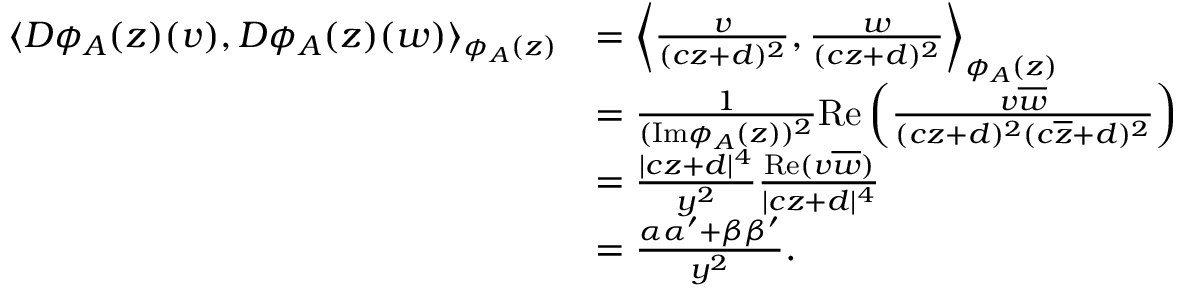
\begin{array} { r l } { \langle D \phi _ { A } ( z ) ( v ) , D \phi _ { A } ( z ) ( w ) \rangle _ { \phi _ { A } ( z ) } } & { = \left\langle \frac { v } { ( c z + d ) ^ { 2 } } , \frac { w } { ( c z + d ) ^ { 2 } } \right\rangle _ { \phi _ { A } ( z ) } } \\ & { = \frac { 1 } { ( \mathrm { I m } \phi _ { A } ( z ) ) ^ { 2 } } \mathrm { R e } \left( \frac { v \overline { { w } } } { ( c z + d ) ^ { 2 } ( c \overline { { z } } + d ) ^ { 2 } } \right) } \\ & { = \frac { | c z + d | ^ { 4 } } { y ^ { 2 } } \frac { \mathrm { R e } ( v \overline { { w } } ) } { | c z + d | ^ { 4 } } } \\ & { = \frac { \alpha \alpha ^ { \prime } + \beta \beta ^ { \prime } } { y ^ { 2 } } . } \end{array}